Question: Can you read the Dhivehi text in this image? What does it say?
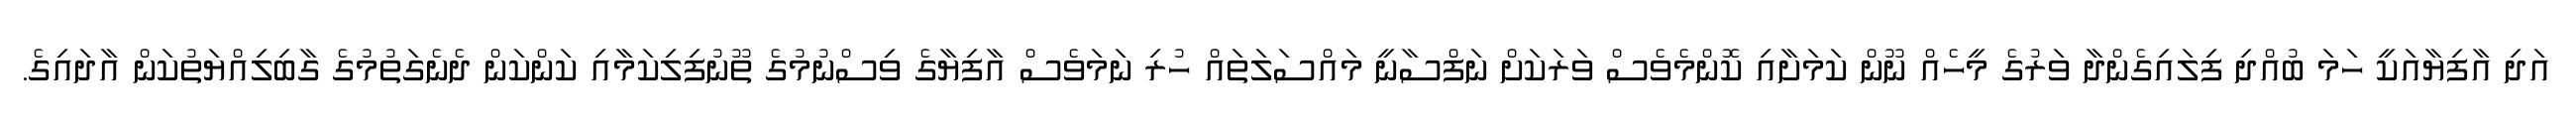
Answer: އަދި އާފިޔާއަކީ ހަމަ ބުއްދި ފިލައިގެންދާ ވަރުގެ މީހެއް ނޫން ކަމަށާއި ކޮންމެވެސް ވަރަކަށް ނަފްސާނީ މައްސަލަތައް ހުރި ނަމަވެސް އާފިޔާގެ ވިސްނުމުގެ ތޫނުފިލިކަމާއި ކަންކަން ދެނެގަތުމުގެ ގާބިލިއްޔަތުކަން އާދައިގެ.